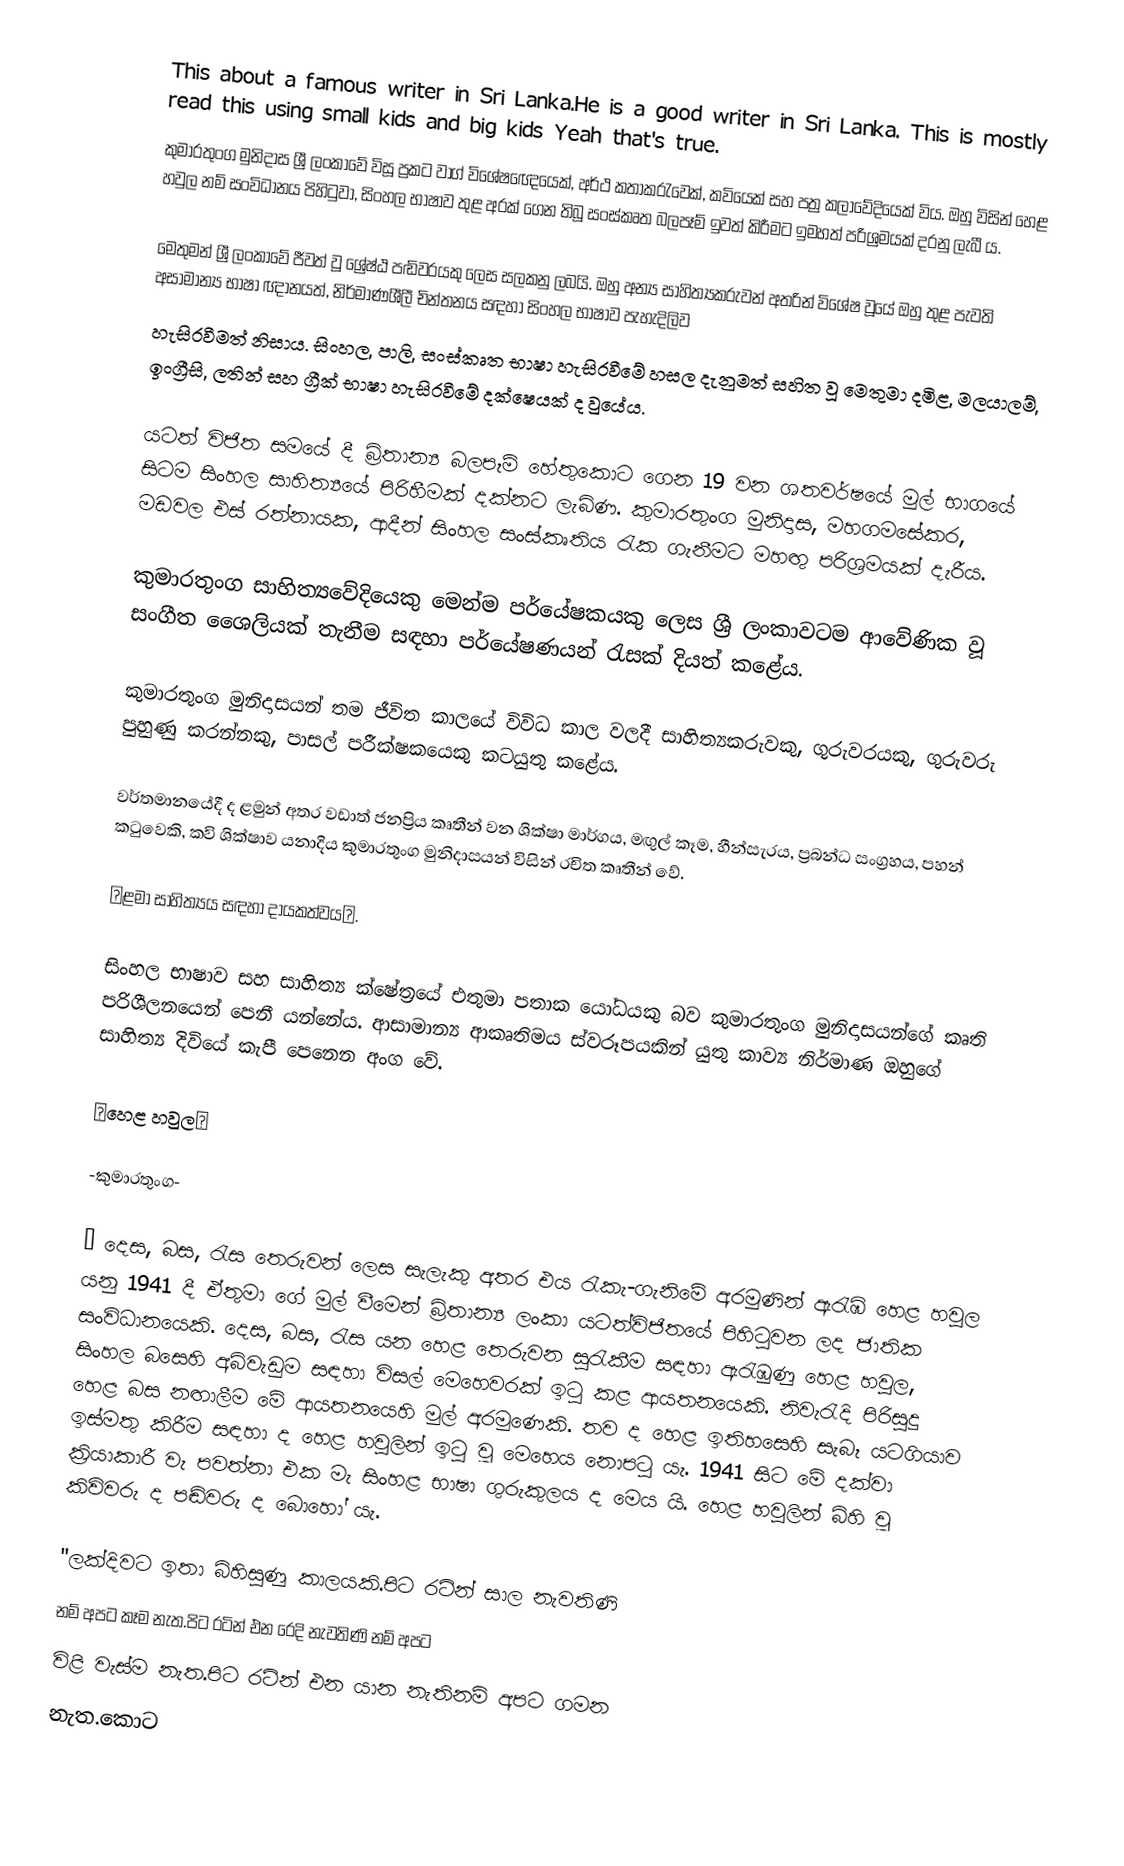
This about a famous writer in Sri  Lanka.He is a good  writer in Sri Lanka. This is mostly read this using small kids and big kids Yeah that's true.
කුමාරතුංග මුනිදාස  ශ්‍රී ලංකාවේ විසූ ප්‍රකට වාග් විශේෂඥෙ⁣⁣යෙක්, අර්ථ කතාකරැ⁣වෙක්, කවියෙක් සහ පත්‍ර කලා⁣වේදි⁣යෙක් විය. ඔහු විසින් හෙළ හවුල නම් සංවිධානය පිහිටුවා, සිංහල භාෂාව තුළ අරක් ගෙන තිබූ සංස්කෘත බලපෑම් ඉවත් කිරීමට ඉමහත් පරිශ්‍රමයක් දරනු ලැබී ය.

මෙතුමන් ශ්‍රී ලංකාවේ ජීවත් වූ ශ්‍රේෂ්ඨ පඬිවරයකු ලෙස සලකනු ලබයි. ඔහු අන්‍ය සාහිත්‍යකරුවන් අතරින් විශේෂ වූයේ ඔහු තුළ පැවති අසාමාන්‍ය භාෂා ඥානයත්, නිර්මාණශීලී චින්තනය සඳහා සිංහල භාෂාව පැහැදිලිව
 හැසිරවීමත් නිසාය. සිංහල, පාලි, සංස්කෘත භාෂා හැසිරවීමේ හසල දැනුමත් සහිත වූ මෙතුමා දමිළ, මලයාලම්, ඉංග්‍රීසි, ලතින් සහ ග්‍රීක් භාෂා හැසිරවීමේ දක්ෂෙයක් ද වුයේය.

යටත් විජිත සමයේ දී බ්‍රිතාන්‍ය බලපෑම් හේතුකොට ගෙන 19 වන ශතවර්ෂයේ මුල් භාගයේ සිටම සිංහල සාහිත්‍යයේ පිරිහීමක් දක්නට ලැබිණ. කුමාරතුංග මුනිදාස, මහගමසේකර, මඩවල එස් රත්නායක, ආදීන් සිංහල සංස්කෘතිය රැක ගැනීමට මහඟු පරිශ්‍රමයක් දැරීය.

කුමාරතුංග සාහිත්‍යවේදියෙකු මෙන්ම පර්යේෂකයකු ලෙස ශ්‍රී ලංකාවටම ආවේණික වූ සංගීත ශෛලියක් තැනීම සඳහා පර්යේෂණයන් රැසක් දියත් කළේය.

කුමාරතුංග මුනිදාසයන් තම ජීවිත කාලයේ විවිධ කාල වලදී සාහිත්‍යකරුවකු, ගුරුවරයකු, ගුරුවරු පුහුණු කරන්නකු, පාසල් පරීක්ෂකයෙකු  කටයුතු කළේය.

වර්තමානයේදී ද ළමුන් අතර වඩාත් ජනප්‍රිය කෘතීන් වන ශික්ෂා මාර්ගය,  මඟුල් කෑම, හීන්සැරය, ප්‍රබන්ධ සංග්‍රහය, පහන් කටුවෙකි, කවි ශික්ෂාව යනාදිය කුමාරතුංග මුනිදාසයන් විසින් රචිත කෘතීන් වේ.

✓ළමා සාහිත්‍යය සඳහා දායකත්වය✓.

සිංහල භාෂාව සහ සාහිත්‍ය ‍ක්ෂේත්‍රයේ එතුමා පතාක යෝධයකු බව කුමාරතුංග මුනිදාසයන්ගේ කෘති පරිශීලනයෙන් පෙනී යන්නේය. ආසාමාන්‍ය ආකෘතිමය ස්වරූපයකින් යුතු කාව්‍ය නිර්මාණ ඔහුගේ සාහිත්‍ය දිවියේ කැපී ‍පෙනෙන අංග වේ.

✓හෙළ හවුල✓

-කුමාරතුංග-

• දෙස, බස, රැස තෙරුවන් ලෙස සැලැකු අතර එය රැකැ-ගැනිමේ අරමුණින් ඇරැඹි හෙළ හවුල යනු 1941 දී ඒතුමා ගේ මුල් වීමෙන් බ්‍රිතාන්‍ය ලංකා යටත්විජිතයේ පිහිටුවන ලද ජාතික සංවිධානයෙකි. දෙස, බස, රැස යන හෙළ තෙරුවන සුරැකීම සඳහා ඇරැඹුණු හෙළ හවුල, සිංහල බසෙහි අබිවැඩුම සඳහා විසල් මෙහෙවරක් ඉටු කළ ආයතනයෙකි. නිවැරැදි පිරිසුදු හෙළ බස නඟාලීම මේ ආයතනයෙහි මුල් අරමුණෙකි. තව ද හෙළ ඉතිහසෙහි සැබෑ යටගියාව ඉස්මතු කිරීම සඳහා ද හෙළ හවුලින් ඉටු වූ මෙහෙය නොපටු යැ. 1941 සිට මේ දක්වා ක්‍රියාකාරී වැ පවත්නා එක මැ සිංහළ භාෂා ගුරුකුලය ද මෙය යි. හෙළ හවුලින් බිහි වූ කිවිවරු ද පඬිවරු ද බොහෝ යැ.

"ලක්දිවට ඉතා බිහිසුණු කාලයකි.පිට රටින් සාල නැවතිණි
නම් අපට කෑම නැත.පිට රටින්  එන රෙදි නැවතිණි නම් අපට
විළි වැස්ම නැත.පිට රටින් එන යාන නැතිනම් අපට ගමන
නැත.කොට